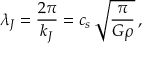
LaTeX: \lambda _ { J } = { \frac { 2 \pi } { k _ { J } } } = c _ { s } \, \sqrt { \frac { \pi } { G \rho } } \, ,